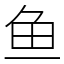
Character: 鱼